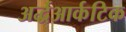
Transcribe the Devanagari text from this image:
अर्द्धआर्कटिक